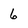
Character: 6